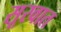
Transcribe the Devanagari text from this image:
सूरवात